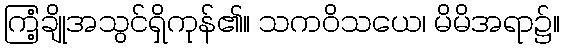
ကြံ့ချိုအသွင်ရှိကုန်၏။ သကဝိသယေ၊ မိမိအရာ၌။